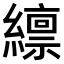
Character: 𫄊